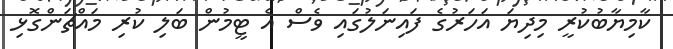
ކާމިޔާބުކުރީ މިދިޔަ އަހަރުގެ ފައިނަލުގައި ވެސް އެ ޓީމުން ބަލި ކުރި މައްޗަންގޮޅި